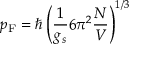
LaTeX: p _ { \mathrm { F } } = \hbar \left( { \frac { 1 } { g _ { s } } } 6 \pi ^ { 2 } { \frac { N } { V } } \right) ^ { 1 / 3 }